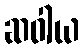
ဆဝါယ